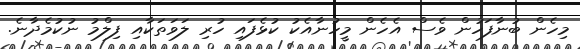
މިހެން ބުނާފަހުން ވެސް އެހެން މީހުނާއެކު ކުޅެފައި ހުރި ލަވަތަކާއި ފިލްމު ނުކުމެދާނެ.